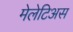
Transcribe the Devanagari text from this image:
मेलेटिअस